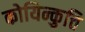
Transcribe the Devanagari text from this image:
कोयिन्कुत्ति